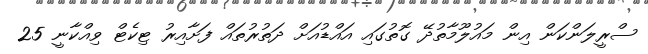
ސްރީލަންކަން އިން މައުލޫމާތުދޭ ގޮތުގައި އައްޑުއަށް ދަތުރުތައް ފަށާއިރު ޓިކެޓް ވިއްކާނީ 25